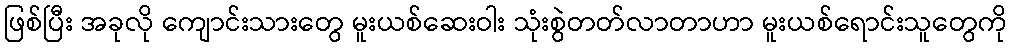
ဖြစ်ပြီး အခုလို ကျောင်းသားတွေ မူးယစ်ဆေးဝါး သုံးစွဲတတ်လာတာဟာ မူးယစ်ရောင်းသူတွေကို